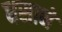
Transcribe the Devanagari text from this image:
धसाने